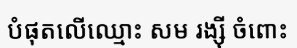
បំផុតលើឈ្មោះ សម រង្ស៊ី ចំពោះ